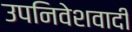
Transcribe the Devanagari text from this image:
उपनिवेशवादी